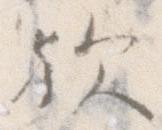
歟